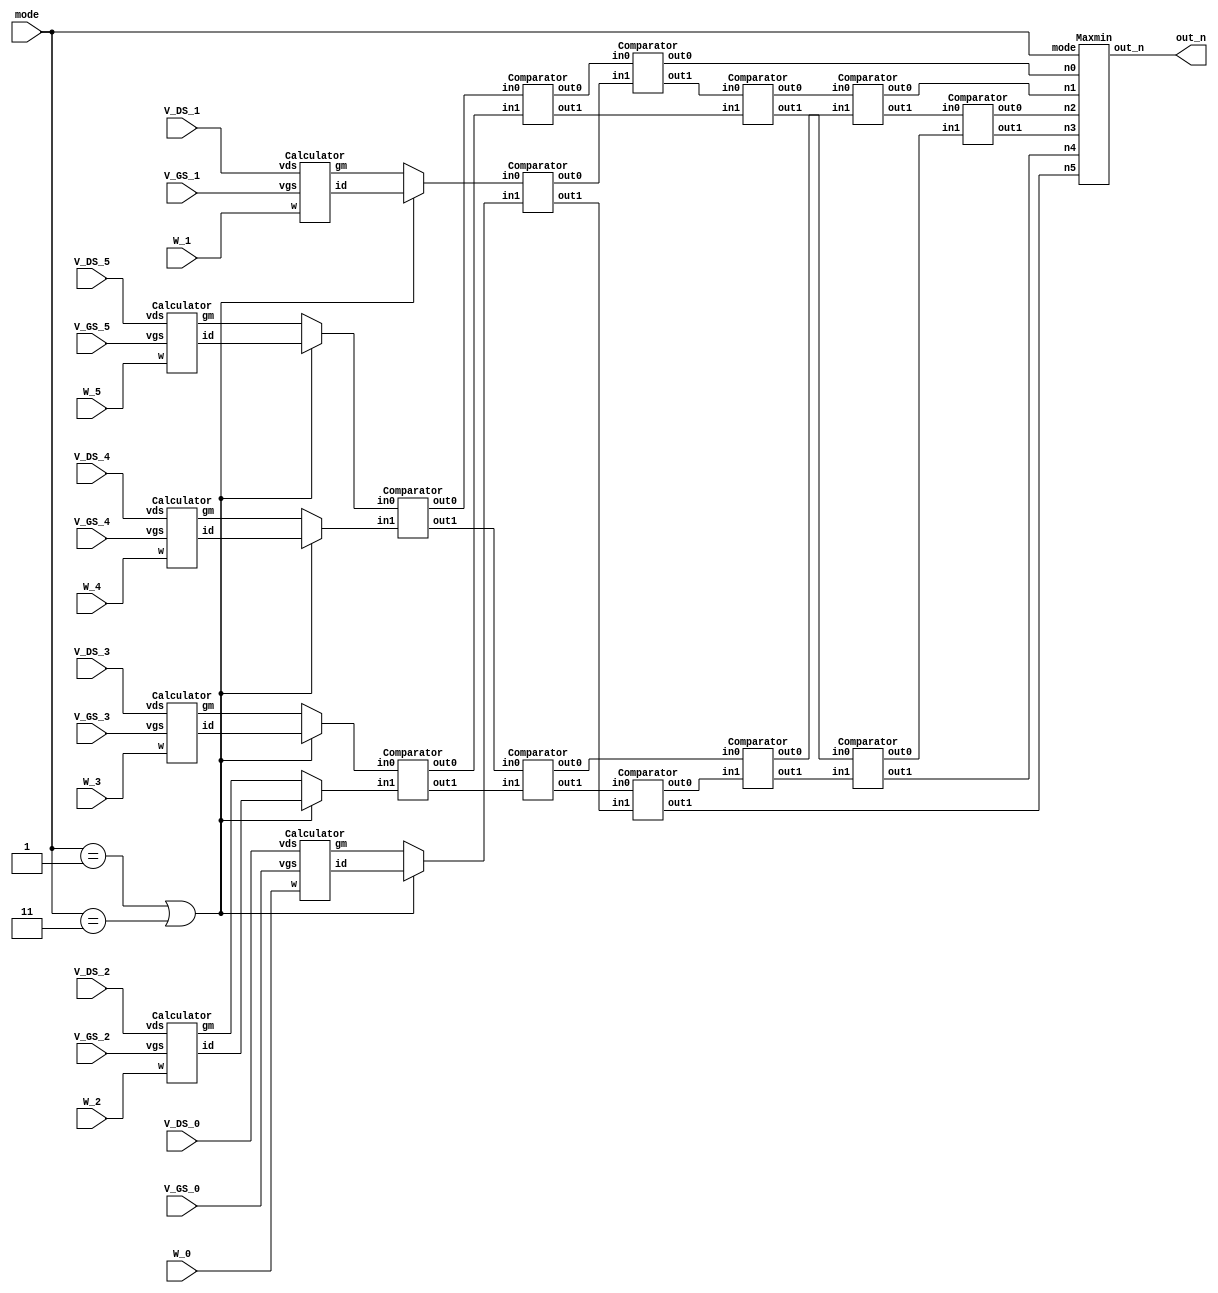
`timescale 1ns / 1ps
//////////////////////////////////////////////////////////////////////////////////
// Company: 
// Engineer: 
// 
// Design Name: 
// Module Name: SMC
// Project Name: 
// Target Devices: 
// Tool Versions: 
// Description: 
// 
// Dependencies: 
// 
// Revision:
// Revision 0.01 - File Created
// Additional Comments:
// 
//////////////////////////////////////////////////////////////////////////////////


module SMC(
  // Input signals
    mode,
    W_0, V_GS_0, V_DS_0,
    W_1, V_GS_1, V_DS_1,
    W_2, V_GS_2, V_DS_2,
    W_3, V_GS_3, V_DS_3,
    W_4, V_GS_4, V_DS_4,
    W_5, V_GS_5, V_DS_5,   
  // Output signals
    out_n
   );
//================================================================
//   INPUT AND OUTPUT DECLARATION                         
//================================================================
input [2:0] W_0, V_GS_0, V_DS_0;
input [2:0] W_1, V_GS_1, V_DS_1;
input [2:0] W_2, V_GS_2, V_DS_2;
input [2:0] W_3, V_GS_3, V_DS_3;
input [2:0] W_4, V_GS_4, V_DS_4;
input [2:0] W_5, V_GS_5, V_DS_5;
input [1:0] mode;
output wire [9:0] out_n;         							// use this if using continuous assignment for out_n  // Ex: assign out_n = XXX;

wire [7:0] ID0,ID1,ID2,ID3,ID4,ID5,gm0,gm1,gm2,gm3,gm4,gm5;
reg [7:0] array [0:5];     //[9:0] array [1:6]
wire [7:0] A,B,C,D,E,F,G,H,I,J,K,L,M,N,O,P,Q,R,U,V,W,X,Y,Z;

//ID/gm Calculation
Calculator C0(.vgs(V_GS_0), .vds(V_DS_0), .w(W_0), .id(ID0), .gm(gm0));
Calculator C1(.vgs(V_GS_1), .vds(V_DS_1), .w(W_1), .id(ID1), .gm(gm1));
Calculator C2(.vgs(V_GS_2), .vds(V_DS_2), .w(W_2), .id(ID2), .gm(gm2));
Calculator C3(.vgs(V_GS_3), .vds(V_DS_3), .w(W_3), .id(ID3), .gm(gm3));
Calculator C4(.vgs(V_GS_4), .vds(V_DS_4), .w(W_4), .id(ID4), .gm(gm4));
Calculator C5(.vgs(V_GS_5), .vds(V_DS_5), .w(W_5), .id(ID5), .gm(gm5));

always @(*)
begin
    if(mode == 2'b01 || mode == 2'b11)
    begin
        {array[5],array[4],array[3],array[2],array[1],array[0]} = 
        {ID0, ID1, ID2, ID3, ID4, ID5};
    end
    else
    begin
        {array[5],array[4],array[3],array[2],array[1],array[0]} = 
        {gm0, gm1, gm2, gm3, gm4, gm5};
    end
end


//jp= U,V,W,X,Y,Z
Comparator D1(.in0(array[0]),.in1(array[1]),.out0(A),.out1(B));
Comparator D2(.in0(array[2]),.in1(array[3]),.out0(C),.out1(D));
Comparator D3(.in0(array[4]),.in1(array[5]),.out0(E),.out1(F));
Comparator D4(.in0(A),.in1(C),.out0(G),.out1(H));
Comparator D5(.in0(G),.in1(E),.out0(U),.out1(I));   //BIGGEST U , (I,H)?
Comparator D6(.in0(B),.in1(D),.out0(J),.out1(K)); 
Comparator D7(.in0(K),.in1(F),.out0(L),.out1(Z));   //SMALLEST Z , (J,L)?
Comparator D8(.in0(I),.in1(H),.out0(M),.out1(N));
Comparator D9(.in0(J),.in1(L),.out0(O),.out1(P)); 
Comparator D10(.in0(M),.in1(O),.out0(V),.out1(Q));
Comparator D11(.in0(N),.in1(P),.out0(R),.out1(Y)); 
Comparator D12(.in0(Q),.in1(R),.out0(W),.out1(X));

Maxmin M1(.mode(mode),.out_n(out_n),.n0(U),.n1(V),.n2(W),.n3(X),.n4(Y),.n5(Z));

endmodule

module Calculator(vgs, vds, w, id, gm);

input   [2:0] vgs, vds, w;
output  [7:0] id, gm;
parameter vt = 3'b001,k = 3'b011;
wire    [2:0] vgs, vds, w;
reg     [7:0] id, gm;
wire result;
assign result = ((vgs-vt) > vds)? 1:0;
always @(*) 
begin
    if(result)    //Triode
    begin
        id = w *( (3'b010 * (vgs-vt) * vds) - (vds*vds) )/k;
        gm = w * vds * 3'b010/k;
    end
    else //Saturation
    begin
        id = w * (vgs-vt) * (vgs-vt)/k;
        gm = w * (vgs-vt) * 3'b010  /k;
    end
end
endmodule


module Comparator (in0,in1,out0,out1);
input wire [7:0] in0,in1;
output reg [7:0] out0,out1;
            
always @(*)
begin
    if(in0 > in1)       // YljjAhe
    begin
        out0 = in0;
        out1 = in1;
    end
    else begin
        out0 = in1;
        out1 = in0;
    end
end
endmodule

module Maxmin(mode,out_n,n0,n1,n2,n3,n4,n5);
input [1:0] mode;
output reg [9:0] out_n;
input wire  [7:0] n0,n1,n2,n3,n4,n5;

always @(*)
begin
    case(mode)
        2'b00: //smaller gm
            out_n = n3 + n4 + n5;
        2'b01: //smaller current
            out_n = 3'b011 * n3 + 3'b100 * n4 + 3'b101* n5;
        2'b10: //larger gm
            out_n = n0 + n1+ n2;
        2'b11: //larger current
            out_n = 3'b011 * n0 + 3'b100 * n1 + 3'b101* n2;
    endcase
end

endmodule